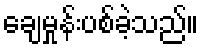
ချေမှုန်းပစ်ခဲ့သည်။